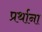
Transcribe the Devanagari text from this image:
प्रर्थाना